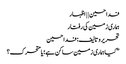
فدا حسین | | اظہار
ہماری زمین کی رفتار
تحریر و تالیف: فدا حسین
”کیا ہماری زمین ساکن ہے؛ یا متحرک؟